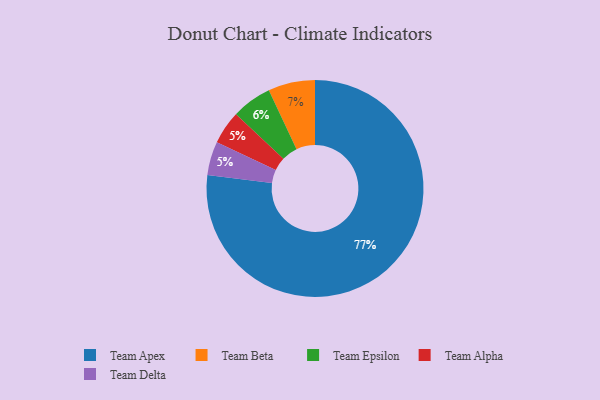
{"axis": {"x": "Category", "y": "Percentage"}, "legend": ["Team Alpha", "Team Apex", "Team Beta", "Team Delta", "Team Epsilon"], "data": [{"x": "Team Epsilon", "y": 6, "type": "Team Epsilon"}, {"x": "Team Apex", "y": 77, "type": "Team Apex"}, {"x": "Team Alpha", "y": 5, "type": "Team Alpha"}, {"x": "Team Delta", "y": 5, "type": "Team Delta"}, {"x": "Team Beta", "y": 7, "type": "Team Beta"}]}